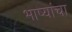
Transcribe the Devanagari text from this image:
भाष्यांचा